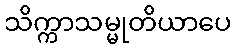
သိက္ကာသမ္မုတိယာပေ